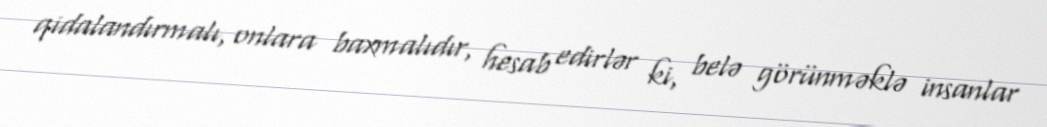
qidalandırmalı, onlara baxmalıdır, hesab edirlər ki, belə görünməklə insanlar